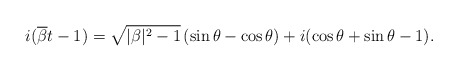
\begin{align*} i(\overline{\beta}t-1)= \sqrt{|\beta|^2-1}\,(\sin\theta- \cos\theta) + i(\cos \theta+\sin \theta - 1). \end{align*}